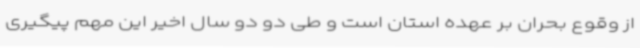
از وقوع بحران بر عهده استان است و طی دو دو سال اخیر این مهم پیگیری